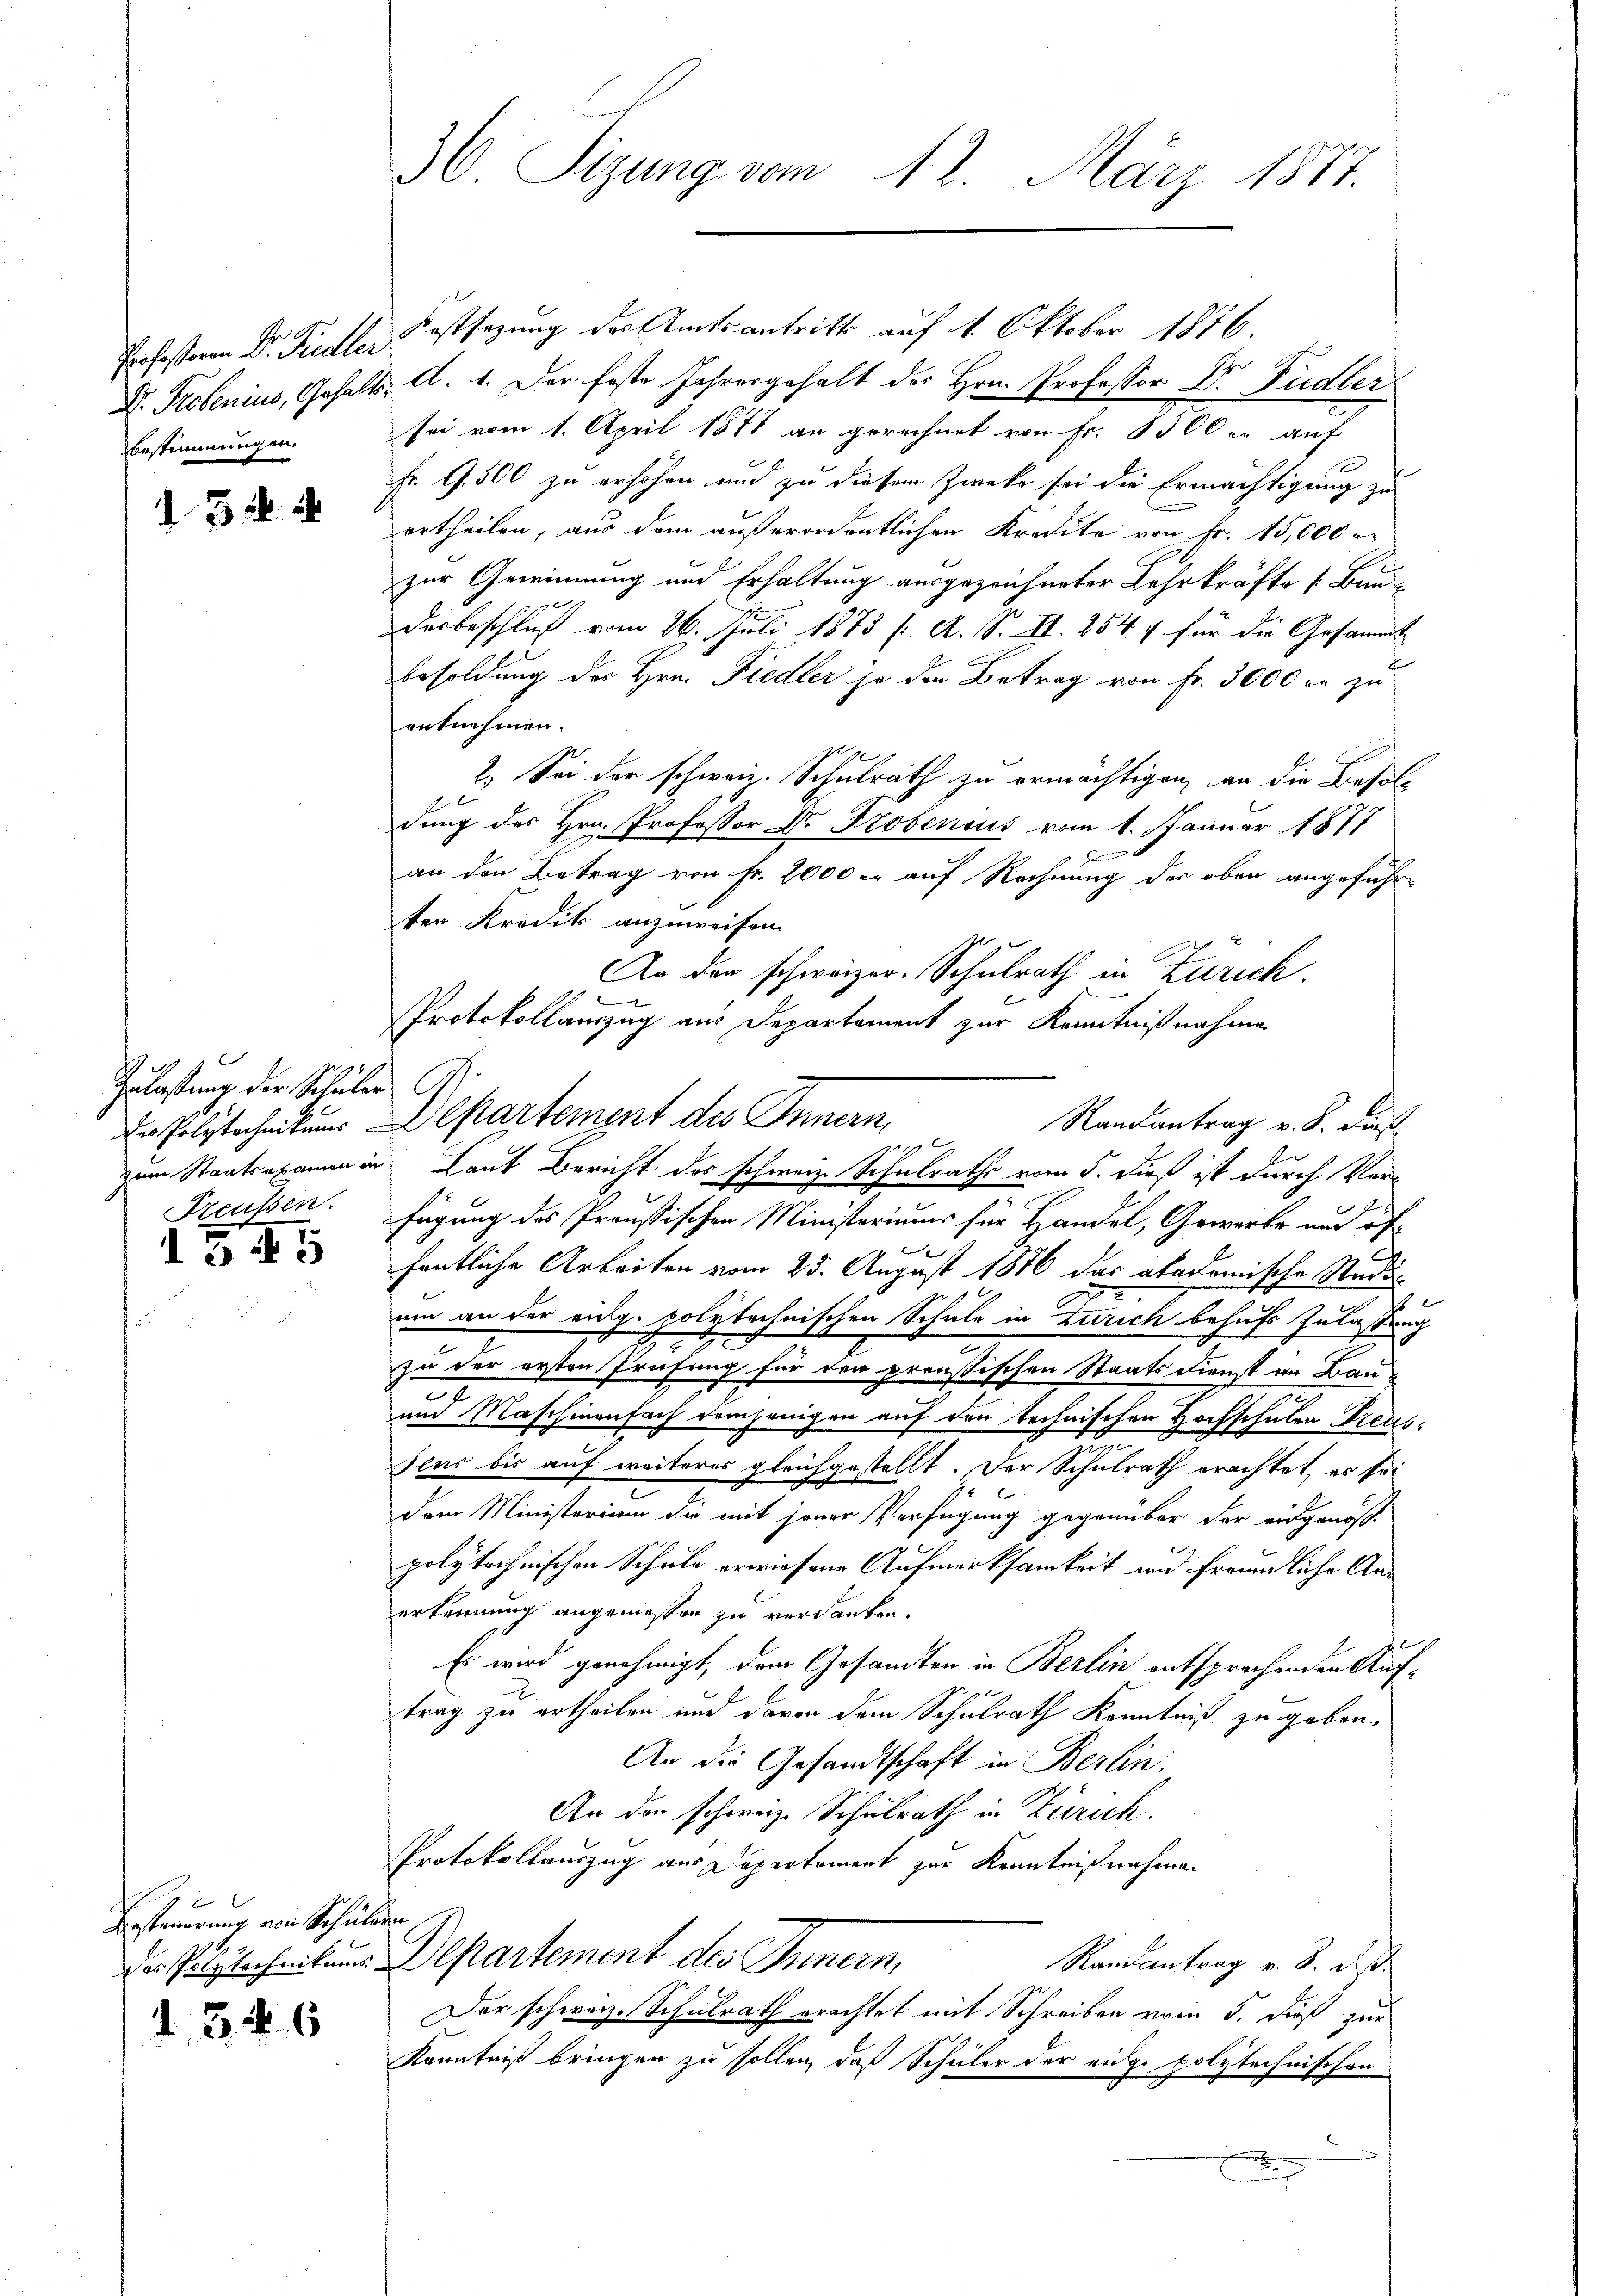
Bestimmungen.

32

Zulastung der Schüler

1345

Besteuerung von Schülern
1346

36 Sizung vom 12. März 1817.

Professoren Dr. Fiedle Festsezung des Amtsantritt auf 1. Oktober 1876.
D. Probenius, Gehalts, A. 1. Der feste Jahresgehalt des Hrn. Professor Dr. Fudler
sei vom 1. April 1871 an gerechnet von Fr. 8500 er auf
Fr. G. 500 zu erhöhen und zu diesem Zwecke sei die Ermächtigung zu
ertheilen, aus dem außerordentlichen Kredite von Fr. 15,000
zur Gewinnung und Erhaltung ausgezeichneter Lehrkräfte u. Band-
1
Dosbeschluß vom 26. Juli 1873 f. A. S. II. 254 f für die Gesammt
Besoldung des Hrn. Fiedler so den Betrag von Fr. 3000 r. zu
rnknehmen.
2.) Sei der schweiz. Schulrath zu ermächtigen, an die Besoldung des Hrn. Professor Dr. Probenius vom 1. Januar 1877
F
an den Betrag von Fr. 2000 c. auf Rechnung der oben angeführten Kredit anzuweisen.
An den schweizer. Schulrath in Zürich.
Protokollauszug aus Departement zur Kenntnißnahmen
En Polytecheitung Departement des Innern,
zum Staatsexamen in Laut Bericht des schweiz. Schulraths vom 5. dieß ist durch Ver-
Freussen. Fügung des Preußischen Ministeriums für Handel, Gewerbe aus öf¬
2
fentliche Arbeiten vom 25. August 1876 das akademische Studi-
um an der eidg. polytechnischen Schule in Zürich behufs Zulaßung
zu der ersten Prüfung für den preußischen Staatsdienst in Bau-
.
und Maschinenfach demjenigen auf den technischen Hochschulen Preusslus bis auf weiteres gleichgestellt. Der Schulrath erachtet, es sei
dem Ministerium die mit jener Verfügung gegenüber der eidgenöß-
u.
polytechnischen Schule erwiesene Aufmerksamkeit und freundliche Anerkennung angemessen zu verdanken.
Es wird genehmigt, dem Gesandten in Berlin entsprechenden Auftrag zu ertheilen und davon dem Schulrath Kenntniß zu geben,
An die Gesandtschaft in Berlin,
An der schweize Schulrath in Zürich.
Protokollauszug aus Departement zur Kenntnißnahmen
Der Polytechnikums Departement des Innern,
Randantrag v. 8. ds.
Der schwarz. Schulrath erachtet mit Schreiben vom 5. daß zur
Kenntniß bringen zu sollen, daß Schüler der eidge polytechnischen
E
.

Randantrag v. S. dies